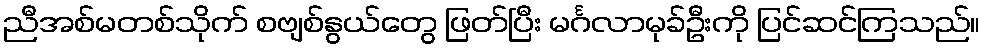
ညီအစ်မတစ်သိုက် စဗျစ်နွယ်တွေ ဖြတ်ပြီး မင်္ဂလာမုခ်ဦးကို ပြင်ဆင်ကြသည်။